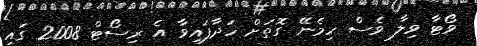
ވޯޓާ ވިލާ ވެސް ހިމެނޭ ގޮތަށް ހަދާފައިވާ އެ ރިސޯޓް 2008 ގައި